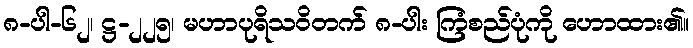
၈-ပါ-၆၂၊ ဋ္ဌ-၂၂၅၊ မဟာပုရိသဝိတက် ၈-ပါး ကြံစည်ပုံကို ဟောထား၏။